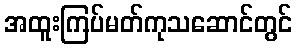
အထူးကြပ်မတ်ကုသဆောင်တွင်